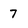
Character: 7